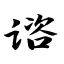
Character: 谘